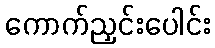
ကောက်ညှင်းပေါင်း